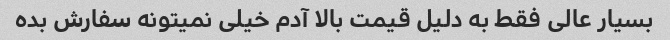
بسیار عالی فقط به دلیل قیمت بالا آدم خیلی نمیتونه سفارش بده